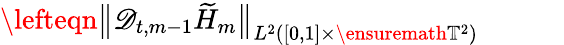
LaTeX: \begin{array}{rl}{\lefteqn{\bigl\| \mathscr{D}_{t,m-1}\widetilde{H}_{m}\bigr\| _{L^{2}([0,1]\times\ensuremath{\mathbb{T}}^{2})}}\qquad}&{{}}\end{array}